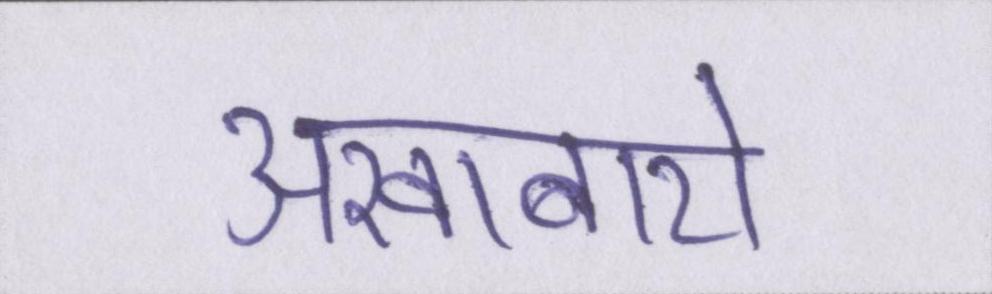
अखाबारो